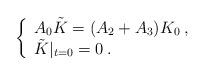
LaTeX: \begin{align*}\left\{ \begin{array}{l}A_{0}\tilde{K}=(A_{2}+A_{3})K_{0}\: ,\\\tilde{K}|_{t=0}=0\: .\end{array}\right.\end{align*}